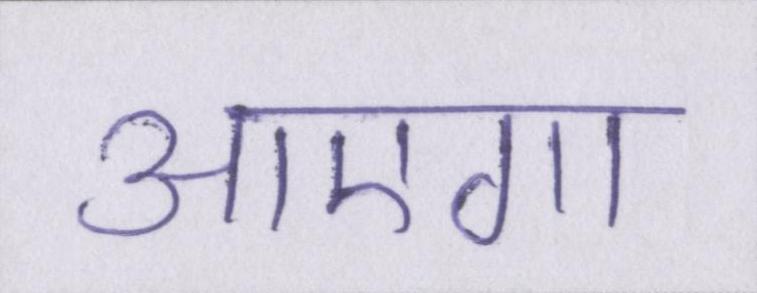
आएगा